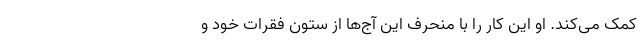
کمک می‌کند. او این کار را با منحرف این آج‌ها از ستون فقرات خود و